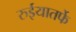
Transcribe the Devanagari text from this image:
रुईयातर्फे